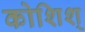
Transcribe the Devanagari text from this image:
कोशिश्